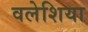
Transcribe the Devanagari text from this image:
वलेशिया